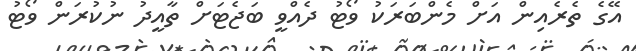
އޭގެ ތެރެއިން އަށް މެންބަރަކު ވޯޓު ދެއްވީ ބަޖެޓަށް ތާއީދު ނުކުރަން ވޯޓު